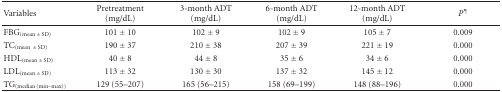
<table><thead><tr><td><b>Variables </b></td><td><b>Pretreatment(mg/dL)</b></td><td><b>3-month ADT (mg/dL)</b></td><td><b>6-month ADT (mg/dL)</b></td><td><b>12-month ADT (mg/dL)</b></td><td><b><i>P</i><sup><i>¶</i></sup></b></td></tr></thead><tbody><tr><td>FBG<sub>(mean ± SD)</sub></td><td>101 ± 10</td><td>102 ± 9</td><td>102 ± 9</td><td>105 ± 7</td><td>0.009</td></tr><tr><td>TC<sub>(mean± SD)</sub></td><td>190 ± 37</td><td>210 ± 38</td><td>207 ± 39</td><td>221 ± 19</td><td>0.000</td></tr><tr><td>HDL<sub>(mean± SD)</sub></td><td>40 ± 8</td><td>44 ± 8</td><td>35 ± 6</td><td>34 ± 6</td><td>0.000</td></tr><tr><td>LDL<sub>(mean± SD)</sub></td><td>113 ± 32</td><td>130 ± 30</td><td>137 ± 32</td><td>145 ± 12</td><td>0.000</td></tr><tr><td>TG<sub>(median (min–max))</sub></td><td>129 (55–207)</td><td>165 (56–215)</td><td>158 (69–199)</td><td>148 (88–196)</td><td>0.000</td></tr></tbody></table>